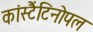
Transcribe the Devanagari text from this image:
कांस्टैंटिनोपल